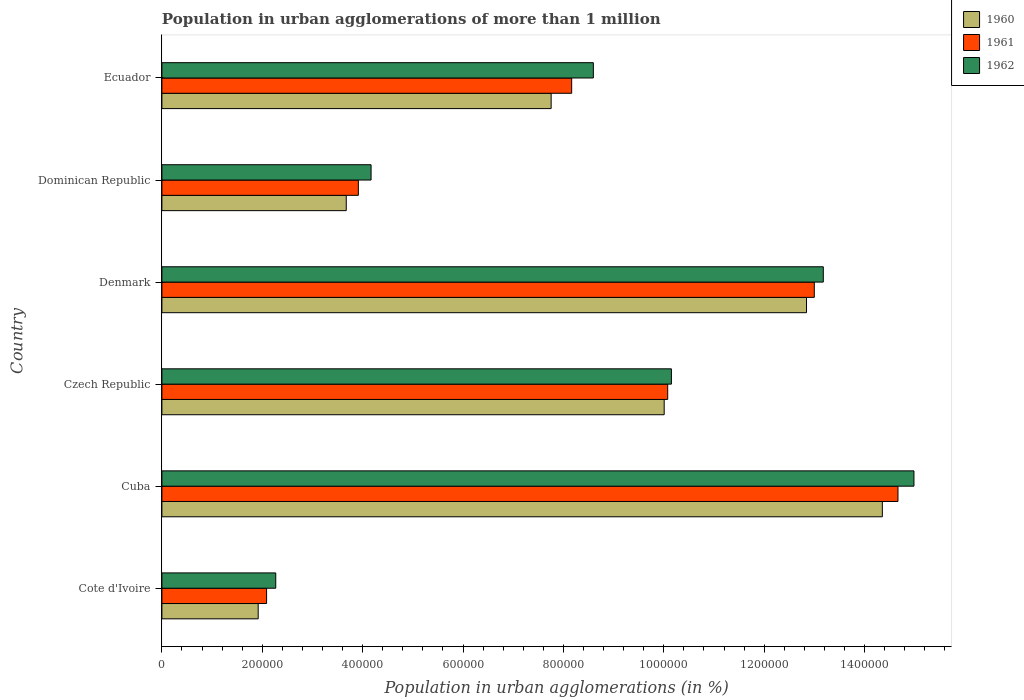
| Country | 1960 | 1961 | 1962 |
 | --- | --- | --- | --- |
 | Cote d'Ivoire | 1.92e+05 | 2.09e+05 | 2.27e+05 |
 | Cuba | 1.44e+06 | 1.47e+06 | 1.5e+06 |
 | Czech Republic | 1e+06 | 1.01e+06 | 1.02e+06 |
 | Denmark | 1.28e+06 | 1.3e+06 | 1.32e+06 |
 | Dominican Republic | 3.67e+05 | 3.91e+05 | 4.17e+05 |
 | Ecuador | 7.76e+05 | 8.16e+05 | 8.6e+05 |